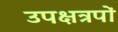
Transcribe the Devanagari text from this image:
उपक्षत्रपों